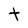
Character: t